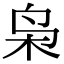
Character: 枭